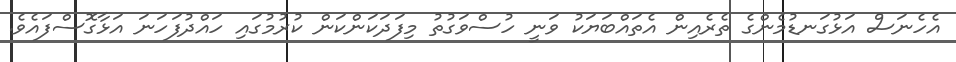
އެހެނަސް އަޅުގަނޑުމެންގެ ތެރެއިން އެތައްބަޔަކު ވަނީ ހުސްވަގުތު މިފަދަކަންކަން ކުރުމުގައި ހައްދުފަހަނަ އަޅާގޮސްފައެވެ.